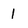
Character: 1